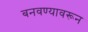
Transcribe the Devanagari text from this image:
बनवण्यावरून